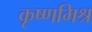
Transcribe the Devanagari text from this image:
कृष्णमिश्र